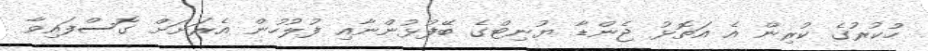
ހުކުރުގެ ކުރިން އެ އަތޮޅު ޖެންޑާ ޔުނިޓްގެ ބޭފުޅުންނާއި ފުލުހުން އެރަށަށް ގޮސްފައިވާ